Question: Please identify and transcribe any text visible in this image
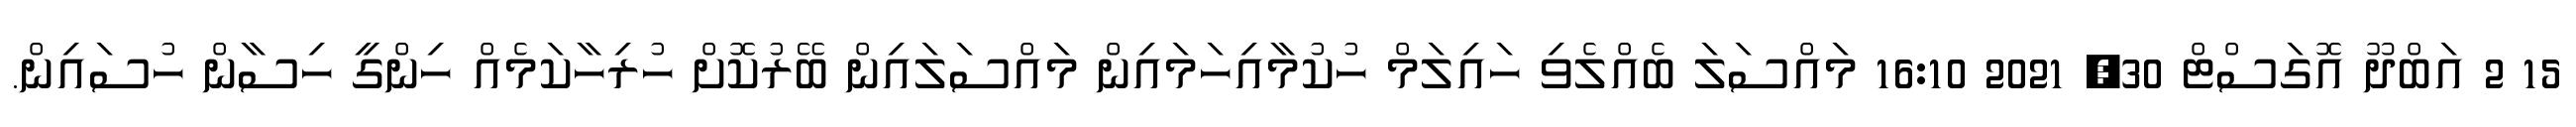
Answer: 15 2 އަބްދޫ އޮގަސްޓް 30, 2021 16:10 މައްސަލަ ބެއްލެވި ހައިލަމް ހުކުމާއިހަމައިން މައްސަލައިން ބޭރުކޮށް ހުރިހާކަމެއް ހިންގީ ހިސާން ހުސައިން.